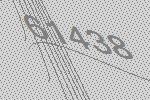
61438